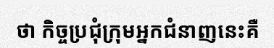
ថា កិច្ចប្រជុំក្រុមអ្នកជំនាញនេះគឺ